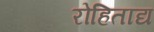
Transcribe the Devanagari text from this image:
रोहिताद्य